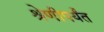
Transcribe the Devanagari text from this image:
श्रेणीपर्यंत